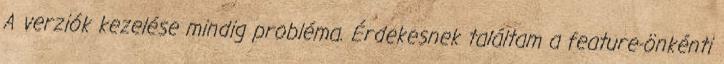
A verziók kezelése mindig probléma. Érdekesnek találtam a feature-önkénti